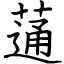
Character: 蓪